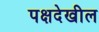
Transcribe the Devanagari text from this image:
पक्षदेखील